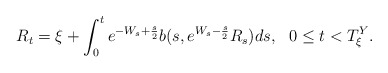
\begin{align*}R_{t}=\xi +\int_{0}^{t}e^{-W_{s}+\frac{s}{2}}b(s,e^{W_{s}-\frac{s}{2}}R_{s})ds,\ \ 0\leq t<T_{\xi }^{Y}. \end{align*}